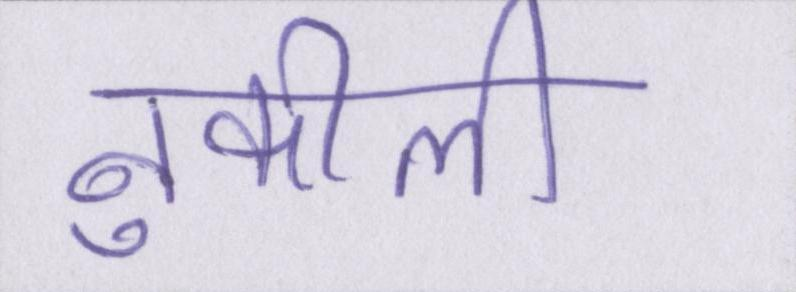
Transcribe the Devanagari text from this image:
नुकीली